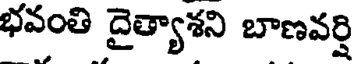
భవంతి దైత్యాశని బాణవర్షి